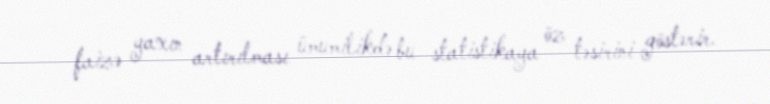
faizə yaxın artırılması ümumilikdə bu statistikaya öz təsirini göstərir.